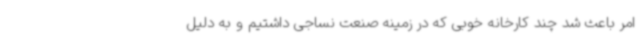
امر باعث شد چند کارخانه خوبی که در زمینه صنعت نساجی داشتیم و به دلیل